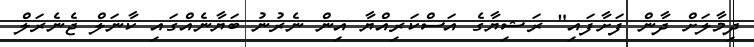
ދިމާލަށް ދާން ފަށާފައި" ރަޝިޔާގެ އަސްކަރިއްޔާ އިން ނެރުނު ބަޔާނެއްގައި ކާނަލް ޖެނެރަލް